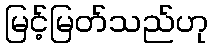
မြင့်မြတ်သည်ဟု